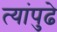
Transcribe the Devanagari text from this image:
त्यांपुढे